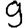
Digit: 9